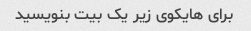
برای هایکوی زیر یک بیت بنویسید